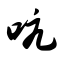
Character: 吭